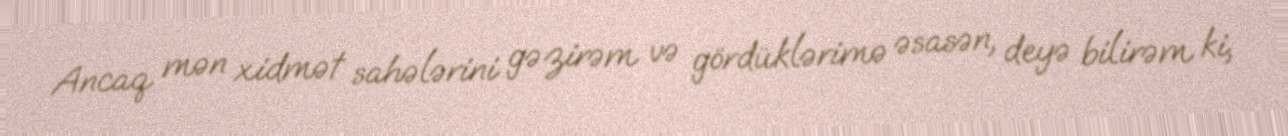
Ancaq mən xidmət sahələrini gəzirəm və gördüklərimə əsasən, deyə bilirəm ki,